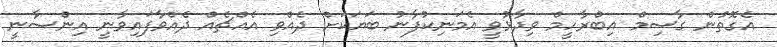
އެގޮތުން ގާސިމް އިބްރާހީމް ވިދާޅުވީ އެމަނިކުފާނު ބަޔަކަށް ދެއްވި އެއްޗެއް ދެއްވާފައިވާނީ އިންސާނީ